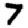
Digit: 7